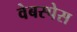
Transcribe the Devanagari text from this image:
वेबस्पेस